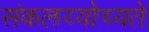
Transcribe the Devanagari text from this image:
संकलय्योच्यते